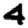
Digit: 4